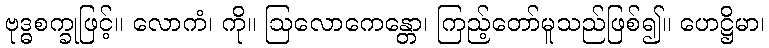
ဗုဒ္ဓစက္ခုဖြင့်။ လောကံ၊ ကို။ ဩလောကေန္တော၊ ကြည့်တော်မူသည်ဖြစ်၍။ ဟေဋ္ဌိမာ၊